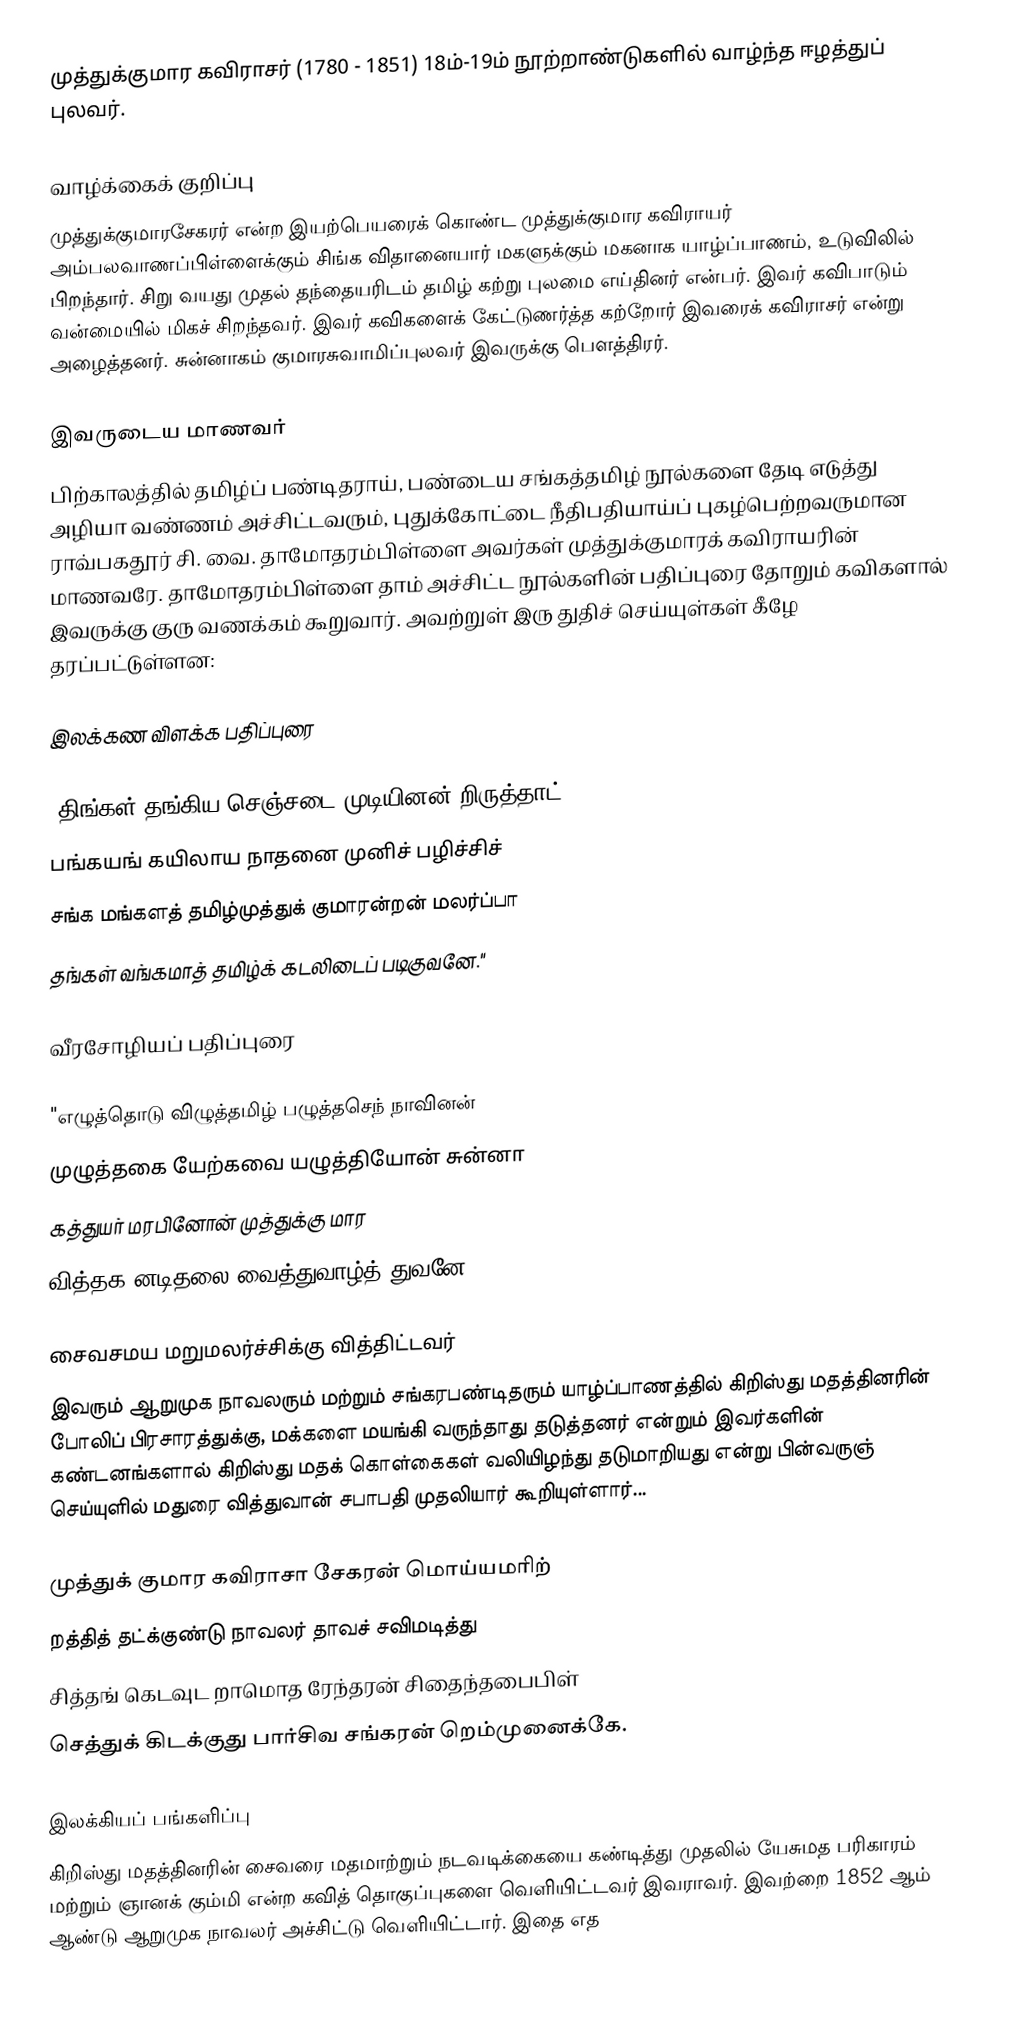
முத்துக்குமார கவிராசர் (1780 - 1851) 18ம்-19ம் நூற்றாண்டுகளில் வாழ்ந்த ஈழத்துப் புலவர்.

வாழ்க்கைக் குறிப்பு
முத்துக்குமாரசேகரர் என்ற இயற்பெயரைக் கொண்ட முத்துக்குமார கவிராயர் அம்பலவாணப்பிள்ளைக்கும் சிங்க விதானையார் மகளுக்கும் மகனாக யாழ்ப்பாணம், உடுவிலில் பிறந்தார். சிறு வயது முதல் தந்தையரிடம் தமிழ் கற்று புலமை எய்தினர் என்பர். இவர் கவிபாடும் வன்மையில் மிகச் சிறந்தவர். இவர் கவிகளைக் கேட்டுணர்த்த கற்றோர் இவரைக் கவிராசர் என்று அழைத்தனர். சுன்னாகம் குமாரசுவாமிப்புலவர் இவருக்கு பௌத்திரர்.

இவருடைய மாணவர்
பிற்காலத்தில் தமிழ்ப்  பண்டிதராய், பண்டைய சங்கத்தமிழ் நூல்களை தேடி எடுத்து அழியா வண்ணம் அச்சிட்டவரும், புதுக்கோட்டை நீதிபதியாய்ப் புகழ்பெற்றவருமான ராவ்பகதூர் சி. வை. தாமோதரம்பிள்ளை அவர்கள் முத்துக்குமாரக் கவிராயரின் மாணவரே. தாமோதரம்பிள்ளை தாம் அச்சிட்ட நூல்களின் பதிப்புரை தோறும் கவிகளால் இவருக்கு குரு வணக்கம் கூறுவார். அவற்றுள் இரு துதிச் செய்யுள்கள் கீழே தரப்பட்டுள்ளன:

இலக்கண விளக்க பதிப்புரை

"திங்கள் தங்கிய செஞ்சடை முடியினன் றிருத்தாட்
பங்கயங் கயிலாய நாதனை முனிச் பழிச்சிச்
சங்க மங்களத் தமிழ்முத்துக் குமாரன்றன் மலர்ப்பா
தங்கள் வங்கமாத் தமிழ்க் கடலிடைப் படிகுவனே."

வீரசோழியப் பதிப்புரை

"எழுத்தொடு விழுத்தமிழ் பழுத்தசெந் நாவினன்
முழுத்தகை யேற்கவை யழுத்தியோன் சுன்னா
கத்துயர் மரபினோன் முத்துக்கு மார
வித்தக னடிதலை வைத்துவாழ்த் துவனே."

சைவசமய மறுமலர்ச்சிக்கு வித்திட்டவர்
இவரும் ஆறுமுக நாவலரும் மற்றும் சங்கரபண்டிதரும் யாழ்ப்பாணத்தில் கிறிஸ்து மதத்தினரின் போலிப் பிரசாரத்துக்கு, மக்களை மயங்கி வருந்தாது தடுத்தனர் என்றும் இவர்களின் கண்டனங்களால் கிறிஸ்து மதக் கொள்கைகள் வலியிழந்து தடுமாறியது என்று பின்வருஞ் செய்யுளில் மதுரை வித்துவான் சபாபதி முதலியார் கூறியுள்ளார்...

முத்துக் குமார கவிராசா சேகரன் மொய்யமரிற்
றத்தித் தட்க்குண்டு நாவலர் தாவச் சவிமடித்து
சித்தங் கெடவுட றாமொத ரேந்தரன் சிதைந்தபைபிள்
செத்துக் கிடக்குது பார்சிவ சங்கரன் றெம்முனைக்கே.

இலக்கியப் பங்களிப்பு
கிறிஸ்து மதத்தினரின் சைவரை மதமாற்றும் நடவடிக்கையை கண்டித்து முதலில் யேசுமத பரிகாரம் மற்றும் ஞானக் கும்மி என்ற கவித் தொகுப்புகளை வெளியிட்டவர் இவராவர். இவற்றை 1852 ஆம் ஆண்டு ஆறுமுக நாவலர் அச்சிட்டு வெளியிட்டார். இதை எத